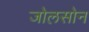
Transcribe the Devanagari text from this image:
जोलसोन